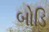
બોડિ